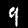
Digit: 9